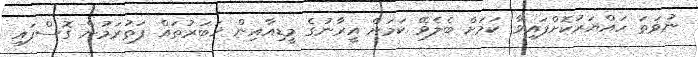
ނުވަތަ ހައްޔަރުކޮށްފައިވާ ކަމަށް ބެލެވޭ ކަމަށް އީރާނުގެ މީޑިއާއިން ޚަބަރުތައް ފަތުރަމުން ގޮސްފައި